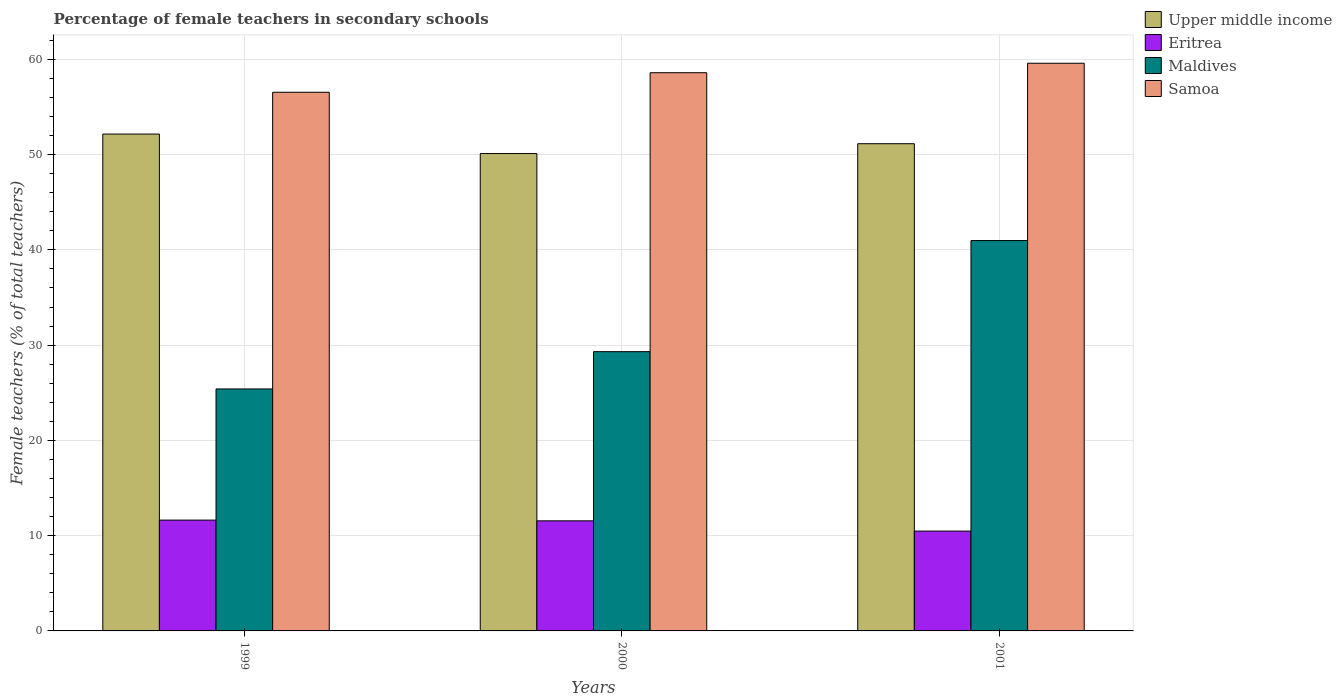
| Years | Upper middle income | Eritrea | Maldives | Samoa |
 | --- | --- | --- | --- | --- |
 | 1999 | 52.2 | 11.6 | 25.4 | 56.5 |
 | 2000 | 50.1 | 11.6 | 29.3 | 58.6 |
 | 2001 | 51.1 | 10.5 | 41 | 59.6 |